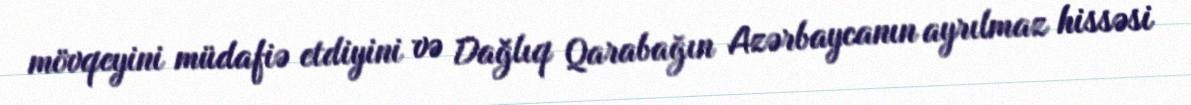
mövqeyini müdafiə etdiyini və Dağlıq Qarabağın Azərbaycanın ayrılmaz hissəsi